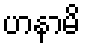
ဟနာမိ